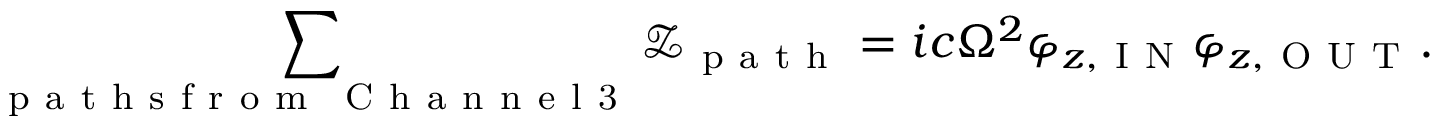
\sum _ { \substack { \mathrm { ~ p ~ a ~ t ~ h ~ s ~ f ~ r ~ o ~ m ~ } \, \mathrm { ~ C ~ h ~ a ~ n ~ n ~ e ~ l ~ 3 ~ } } } \mathcal { Z } _ { \mathrm { ~ p ~ a ~ t ~ h ~ } } = i c \Omega ^ { 2 } \varphi _ { z , \mathrm { ~ I ~ N ~ } } \varphi _ { z , \mathrm { ~ O ~ U ~ T ~ } } .